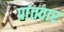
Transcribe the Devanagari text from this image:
प्रांतवार